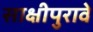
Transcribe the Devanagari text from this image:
साक्षीपुरावे